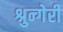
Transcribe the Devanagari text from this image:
श्रुन्गेरी